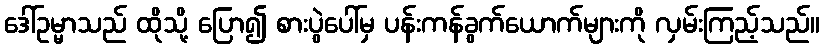
ဒေါ်ဥမ္မာသည် ထိုသို့ ပြော၍ စားပွဲပေါ်မှ ပန်းကန်ခွက်ယောက်များကို လှမ်းကြည့်သည်။